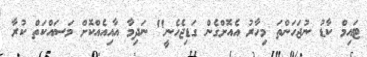
ޓައިމް ކާޑު ނުޖަހަންތަ މިހާރު އެއޮށްގެން ގަޑިޖެހެނީ" ނަދިމާ އާއިއެއްކޮށް މަސައްކަތް ކުރާ